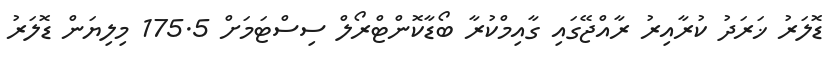
ޑޮލަރު ޚަރަދު ކުރާއިރު ރާއްޖޭގައި ގާއިމްކުރާ ބޯޑާކޮންޓްރޯލް ސިސްޓަމަށް 175.5 މިލިޔަން ޑޮލަރު